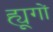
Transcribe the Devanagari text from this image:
ह्यूगों